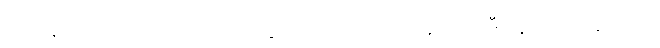
ဤနောက်ဝိကပ်၌။ ဝါ၊ ဗလ (ပေ ၆၈) ဝိသေသယောဂဒီပနတောဟူသော